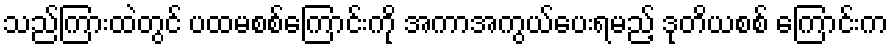
သည်ကြားထဲတွင် ပထမစစ်ကြောင်းကို အကာအကွယ်ပေးရမည့် ဒုတိယစစ် ကြောင်းက